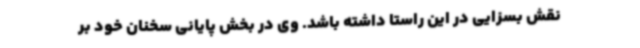
نقش بسزایی در این راستا داشته باشد. وی در بخش پایانی سخنان خود بر